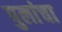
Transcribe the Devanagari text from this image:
पुलांचा